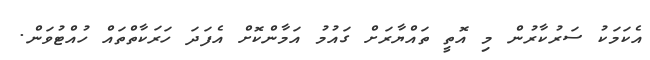
އެކަމަކު ސަރުކާރުން މި އޮތީ ތައްޔާރަށް ގައުމު އަމާންކޮށް އެފަދަ ހަރަކާތްތައް ހުއްޓުވަން.